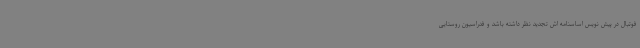
فوتبال در پیش نویس اساسنامه اش تجدید نظر داشته باشد و فدراسیون روستایی